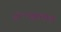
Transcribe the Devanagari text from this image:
डॉ॰पदुमलाल